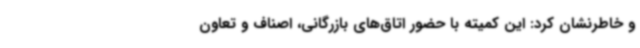
و خاطرنشان کرد: این کمیته با حضور اتاق‌های بازرگانی، اصناف و تعاون